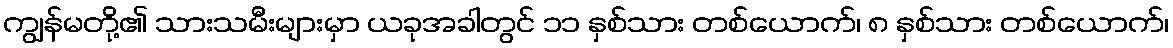
ကျွန်မတို့၏ သားသမီးများမှာ ယခုအခါတွင် ၁၁ နှစ်သား တစ်ယောက်၊ ၈ နှစ်သား တစ်ယောက်၊